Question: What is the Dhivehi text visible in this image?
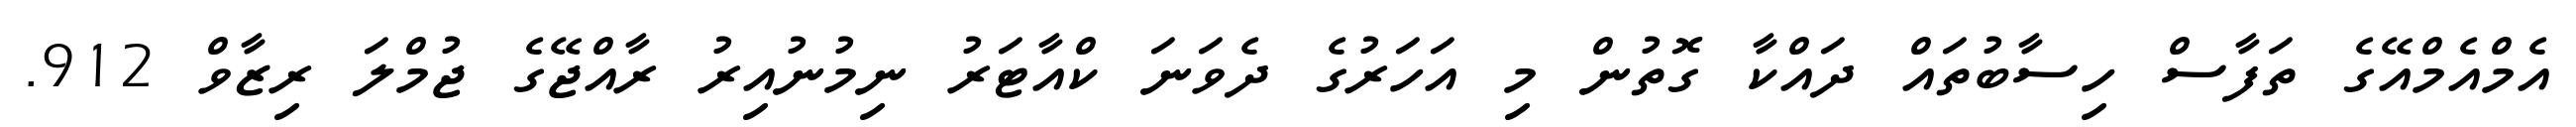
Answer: އެމްއެމްއޭގެ ތަފާސް ހިސާބުތައް ދައްކާ ގޮތުން މި އަހަރުގެ ދެވަނަ ކްއާޓަރު ނިމުނުއިރު ރާއްޖޭގެ ޖުމްލަ ރިޒާވް 912.